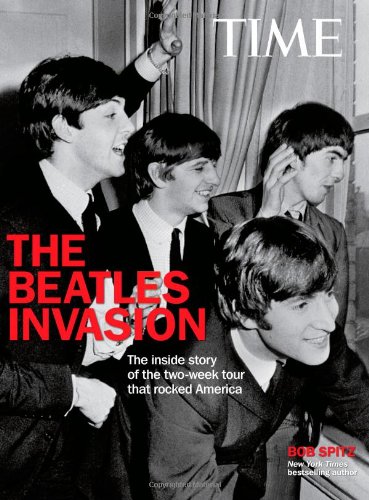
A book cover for TIME The Beatle Invasion!: The inside story of the two-week tour that rocked America; Bob Spitz; Humor & Entertainment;